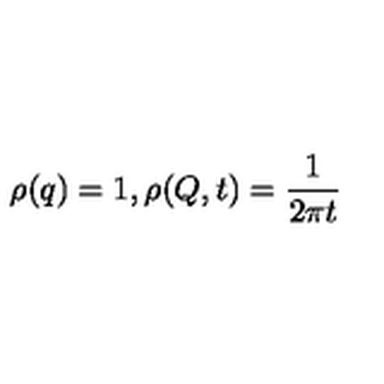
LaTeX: \rho ( q ) = 1 , \rho ( Q , t ) = { \frac { 1 } { 2 \pi t } }